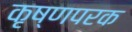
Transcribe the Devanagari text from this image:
कृष्णपरक